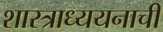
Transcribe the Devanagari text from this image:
शास्त्राध्ययनाची